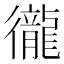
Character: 徿